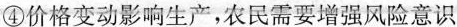
④价格变动影响生产，农民需要增强风险意识